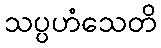
သပ္ပဟံသေတိ